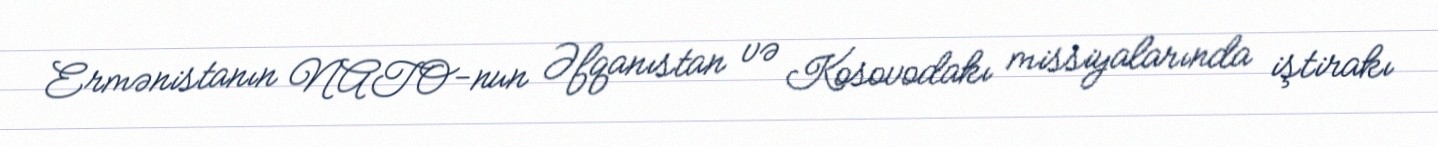
Ermənistanın NATO-nun Əfqanıstan və Kosovodakı missiyalarında iştirakı